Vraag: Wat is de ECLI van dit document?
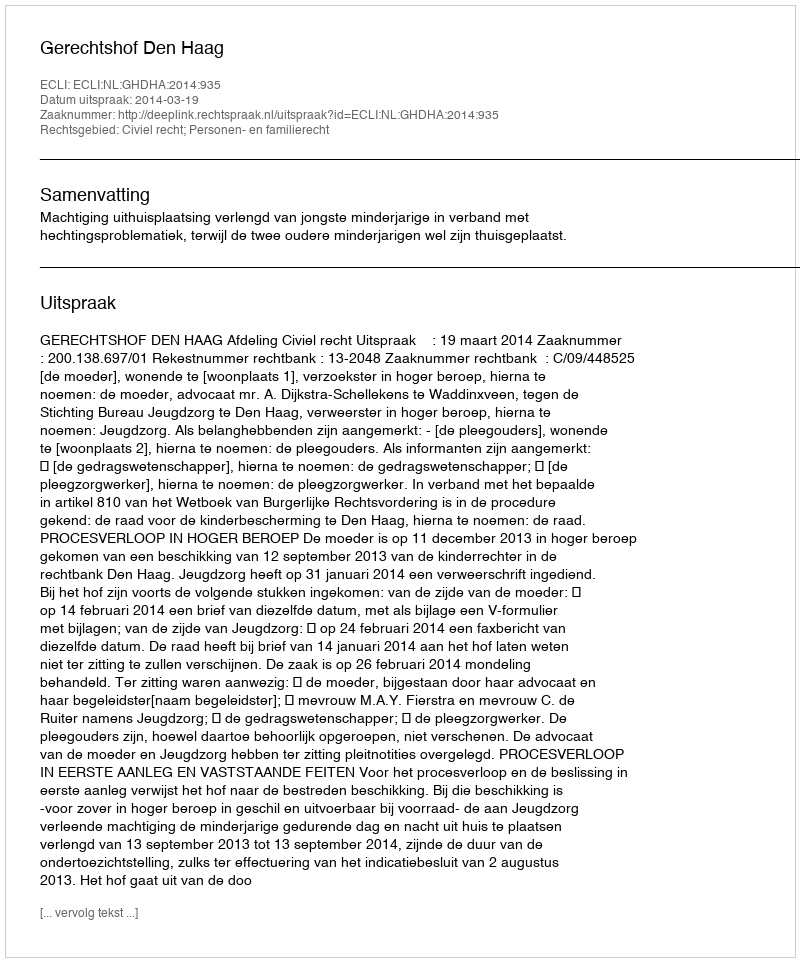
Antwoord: ECLI:NL:GHDHA:2014:935